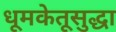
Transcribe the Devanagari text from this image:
धूमकेतूसुद्धा